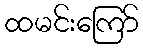
ထမင်းကြော်